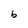
Character: b